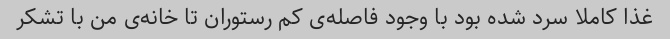
غذا کاملا سرد شده بود با وجود فاصله‌ی کم رستوران تا خانه‌ی من با تشکر